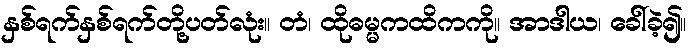
နှစ်ရက်နှစ်ရက်တို့ပတ်လုံး။ တံ၊ ထိုဓမ္မကထိကကို။ အာဒါယ၊ ခေါ်ခဲ့၍။